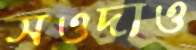
সওদাও